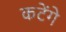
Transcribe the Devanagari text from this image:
कटेंगे